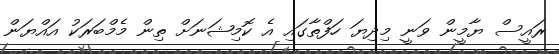
ރައީސް ޔާމީން ވަނީ މިދިޔަ ހަފްތާގައި އެ ކޮމިޝަނަށް ތިން މެމްބަރަކު އައްޔަން